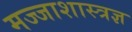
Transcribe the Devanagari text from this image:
मज्जाशास्त्रज्ञ